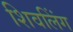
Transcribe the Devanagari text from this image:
शिवलिंंग